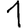
Digit: 1